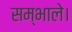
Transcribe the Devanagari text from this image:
सम्भाले।